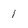
Character: 1